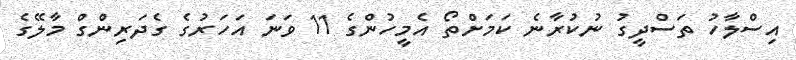
އިސްލާހު ތަސްދީގު ނުކުރާނެ ކަމަށްތޯ އެމީހުންގެ 11 ވަނަ އަހަރުގެ ގެދަރިންގް މާލޭގެ